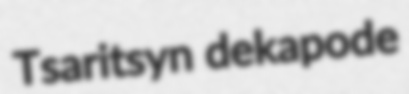
Tsaritsyn dekapode